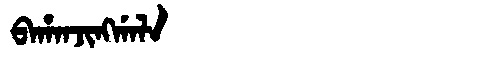
Manchu: ᠪᠠᡥᠠᠨᠵᡳᠩᡤᠠᠯᠠ
Romanization: BAHANJINGGALA